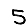
Digit: 5